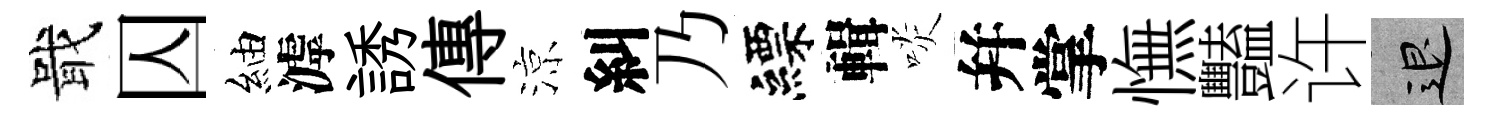
戢囚紬滹誘傳涼糾乃縹輯啖幷掌憮豔许退